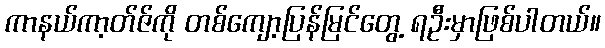
ကာနယ်ကာ့တ်ဇ်ကို တစ်ကျော့ပြန်မြင်တွေ့ ရဦးမှာဖြစ်ပါတယ်။